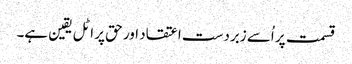
قسمت پر اُسے زبردست اعتقاد اور حق پر اٹل یقین ہے۔